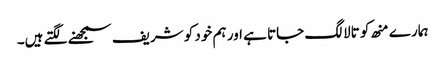
ہمارے منھ کو تالا لگ جاتا ہے اور ہم خود کو شریف سمجھنے لگتے ہیں۔